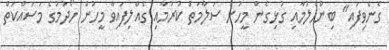
ގެނެވިފައި" ބިންހެލުމާއި ގުޅިގެން މީހުން ސަލާމަތް ކުރުމާއި ގެއްލިފައިވާ މީހުން ހޯދުމުގެ މަސައްކަތް